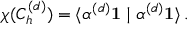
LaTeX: \chi ( C _ { h } ^ { ( d ) } ) = \langle \alpha ^ { ( d ) } \mathbf { 1 } \mid \alpha ^ { ( d ) } \mathbf { 1 } \rangle \, .